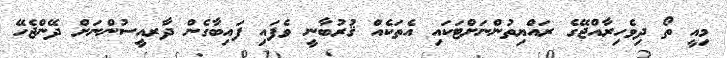
މިއީ ތޯ ދިވެހިރާއްޖޭގެ ރައްޔިތުންނަށްޓަކައި އެތަކެއް ޤުރުބާނީ ވެފައި ފައިބާގެން ދާރއީސުންނަށް ދޭންޖެހޭ